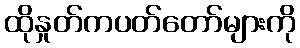
ထိုနှုတ်ကပတ်တော်များကို